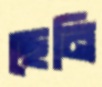
ছেনি